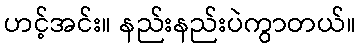
ဟင့်အင်း။ နည်းနည်းပဲကွာတယ်။